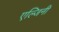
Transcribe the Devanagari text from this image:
एल्जिनी